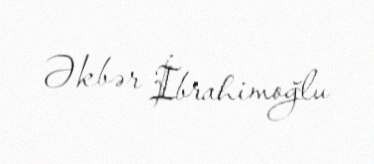
Əkbər İbrahimoğlu